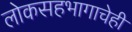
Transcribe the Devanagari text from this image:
लोकसहभागाचेही